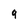
Character: 9